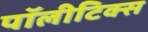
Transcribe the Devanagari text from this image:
पॉलीटिक्स